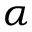
\boldsymbol { \alpha }